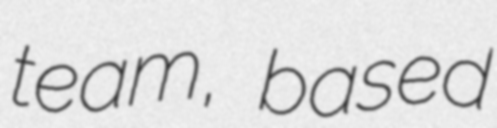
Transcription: team, based